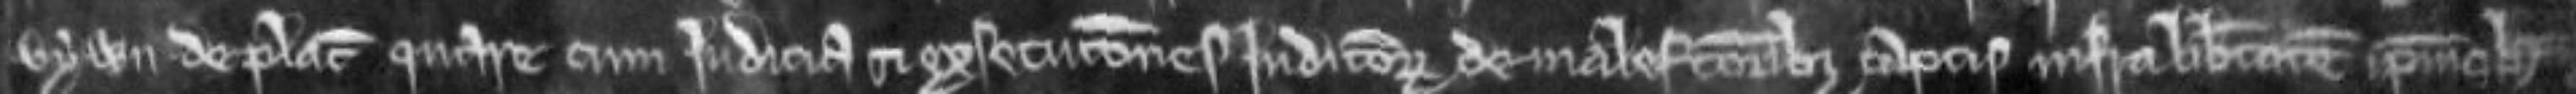
Vywn de placito quare cum judicia et execuciones judiciorum de malefactoribus captis infra libertatem ipsius Hugonis